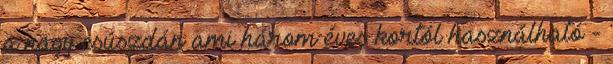
a nagy csúszdán ami három éves kortól használható -